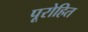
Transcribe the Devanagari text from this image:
पूरोहित